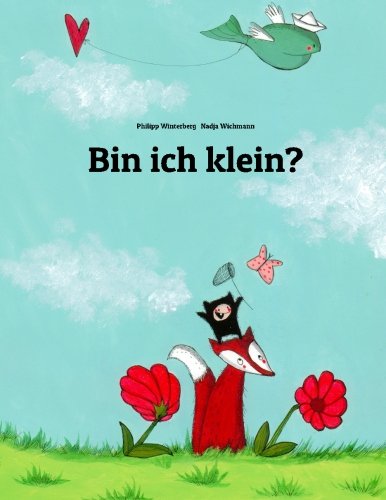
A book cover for Bin ich klein?: Eine Bildergeschichte von Philipp Winterberg und Nadja Wichmann (German Edition); Philipp Winterberg; Children's Books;